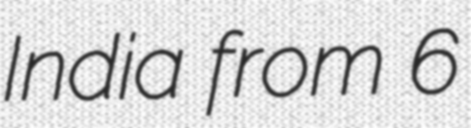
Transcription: India from 6